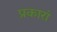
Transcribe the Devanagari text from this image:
प्रकारां